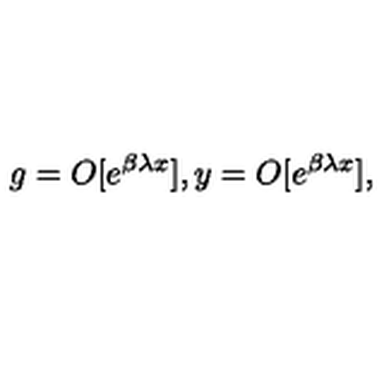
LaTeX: \, g = O [ e ^ { \beta \lambda x } ] , y = O [ e ^ { \beta \lambda x } ] ,